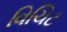
વિચિટ